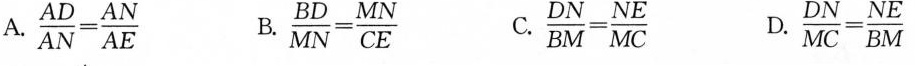
A.$$\frac { A D } { A N }= \frac { A N } { A E }$$ B.$$\frac { B D } { M N } = \frac { M N } { C E }$$ C. $$\frac { D N } { B M } = \frac { N E } { M C }$$ D. $$\frac { D N } { M C }= \frac { N E } { B M }$$